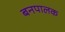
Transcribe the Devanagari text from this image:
बनपालक